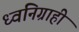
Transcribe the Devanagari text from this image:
ध्वनिग्राही